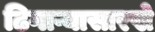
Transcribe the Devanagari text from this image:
ढिगाऱ्यासारखे